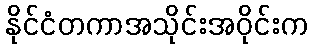
နိုင်ငံတကာအသိုင်းအဝိုင်းက